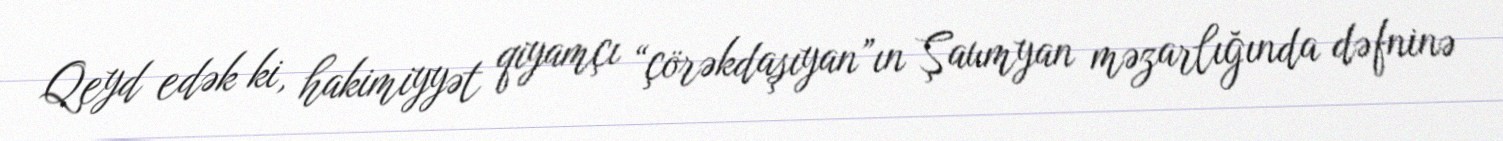
Qeyd edək ki, hakimiyyət qiyamçı “çörəkdaşıyan”ın Şaumyan məzarlığında dəfninə